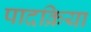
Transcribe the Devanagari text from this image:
पादक्रिया